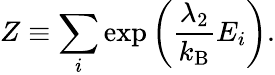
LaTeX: Z\equiv\sum_{i}\exp\left({\frac{\lambda_{2}}{k_{\mathrm{B}}}}E_{i}\right).